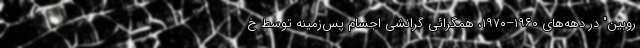
روبین" در دهه‌های ۱۹۶۰–۱۹۷۰، همگرائی گرانشی اجسام پس‌زمینه توسط خ